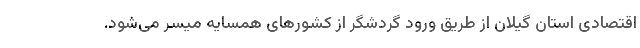
اقتصادی استان گیلان از طریق ورود گردشگر از کشورهای همسایه میسر می‌شود.